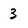
Character: 3